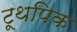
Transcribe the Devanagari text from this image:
टूथपिक